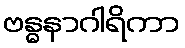
ဗန္ဓနာဂါရိကာ